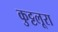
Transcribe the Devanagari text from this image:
कुट्टलूरा